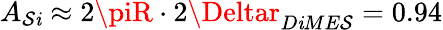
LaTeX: A_{\mathcal{S}\mathit{i}}\approx2\piR\cdot2\Deltar_{D\mathit{i}ME\mathcal{S}}=0.94